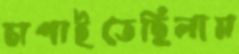
চাপাইতেছিলাম